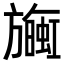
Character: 𪰄